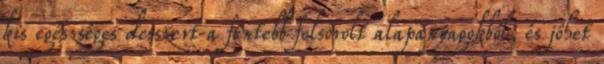
kis egészséges desszert a fentebb felsorolt alapanyagokból, és jöhet